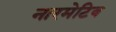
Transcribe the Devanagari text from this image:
नारमेटिव